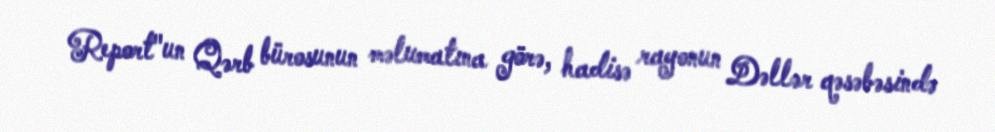
Report"un Qərb bürosunun məlumatına görə, hadisə rayonun Dəllər qəsəbəsində